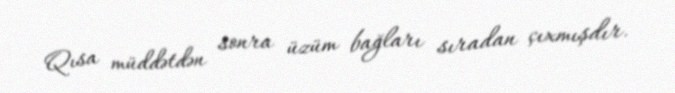
Qısa müddətdən sonra üzüm bağları sıradan çıxmışdır.